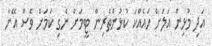
އަދި މުޅިން އަލަށް ހައެއްކަ ކުޅުންތެރިން ޓީމަށް ނެގި ކަމަށް ވެސް އޭނާ